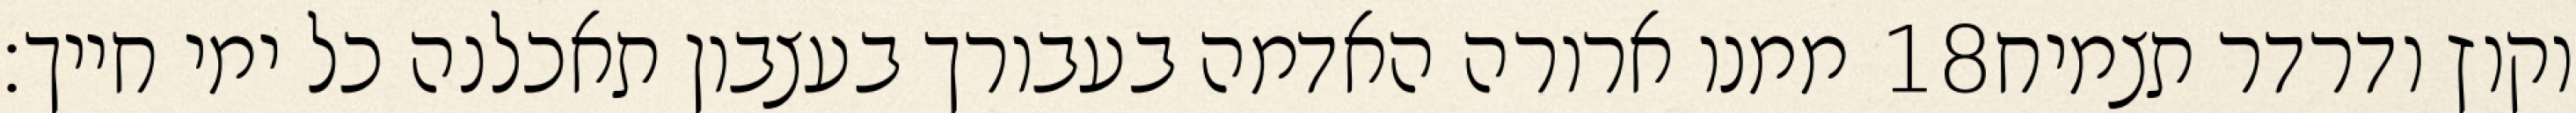
ממנו ארורה האדמה בעבורך בעצבון תאכלנה כל ימי חייך׃ ‎18‏ וקוץ ודרדר תצמיח